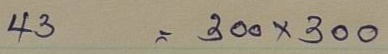
43 = 300x300